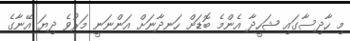
މި ހާދިސާގައި ޝަހީދާ އެންމެ ބޮޑަށް ހަނދާނަށް އަންނަނީ މަރުވެ ދިޔަ އޭނާގެ